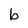
Character: b